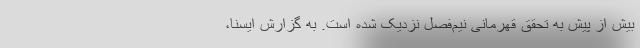
بیش از پیش به تحقق قهرمانی نیم‌فصل نزدیک شده است. به گزارش ایسنا،